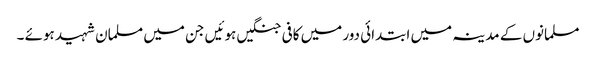
مسلمانوں کے مدینہ میں ابتدائی دور میں کافی جنگیں ہوئیں جن میں مسلمان شہید ہوئے ۔